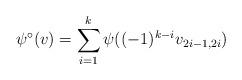
LaTeX: \begin{align*}\psi^{\circ}(v)=\sum_{i=1}^k\psi((-1)^{k-i}v_{2i-1,2i})\end{align*}